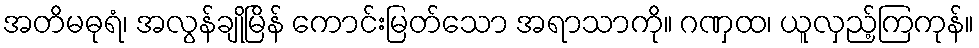
အတိမဓုရံ၊ အလွန်ချိုမြိန် ကောင်းမြတ်သော အရာသာကို။ ဂဏှထ၊ ယူလှည့်ကြကုန်။